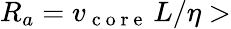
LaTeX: R_{a}=v_{\mathrm{~c~o~r~e~}}\, L/\eta>